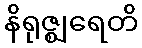
နိရုဇ္ဈရေတိ